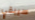
سيبقي